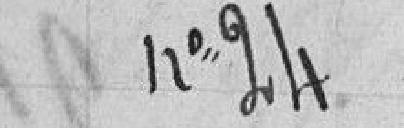
n°24